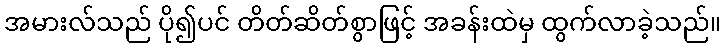
အမားလ်သည် ပို၍ပင် တိတ်ဆိတ်စွာဖြင့် အခန်းထဲမှ ထွက်လာခဲ့သည်။